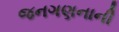
જનગણનાની